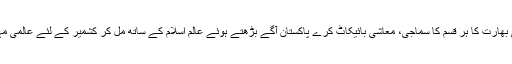
او آئی سی بھارت کا ہر قسم کا سماجی، معاشی بائیکاٹ کرے پاکستان آگے بڑھتے ہوئے عالم اسلام کے ساتھ مل کر کشمیر کے لئے عالمی مہم چلائے۔